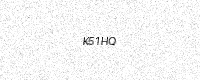
Text: K51HQ